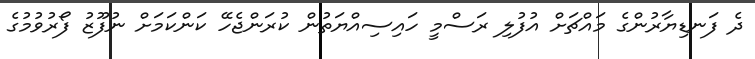
ދެ ފަނޑިޔާރުންގެ މައްޗަށް އުފުލި ރަސްމީ ހައިިސިއްޔަތުން ކުރަންޖެހޭ ކަންކަމަށް ނުފޫޒު ފޯރުވުމުގެ